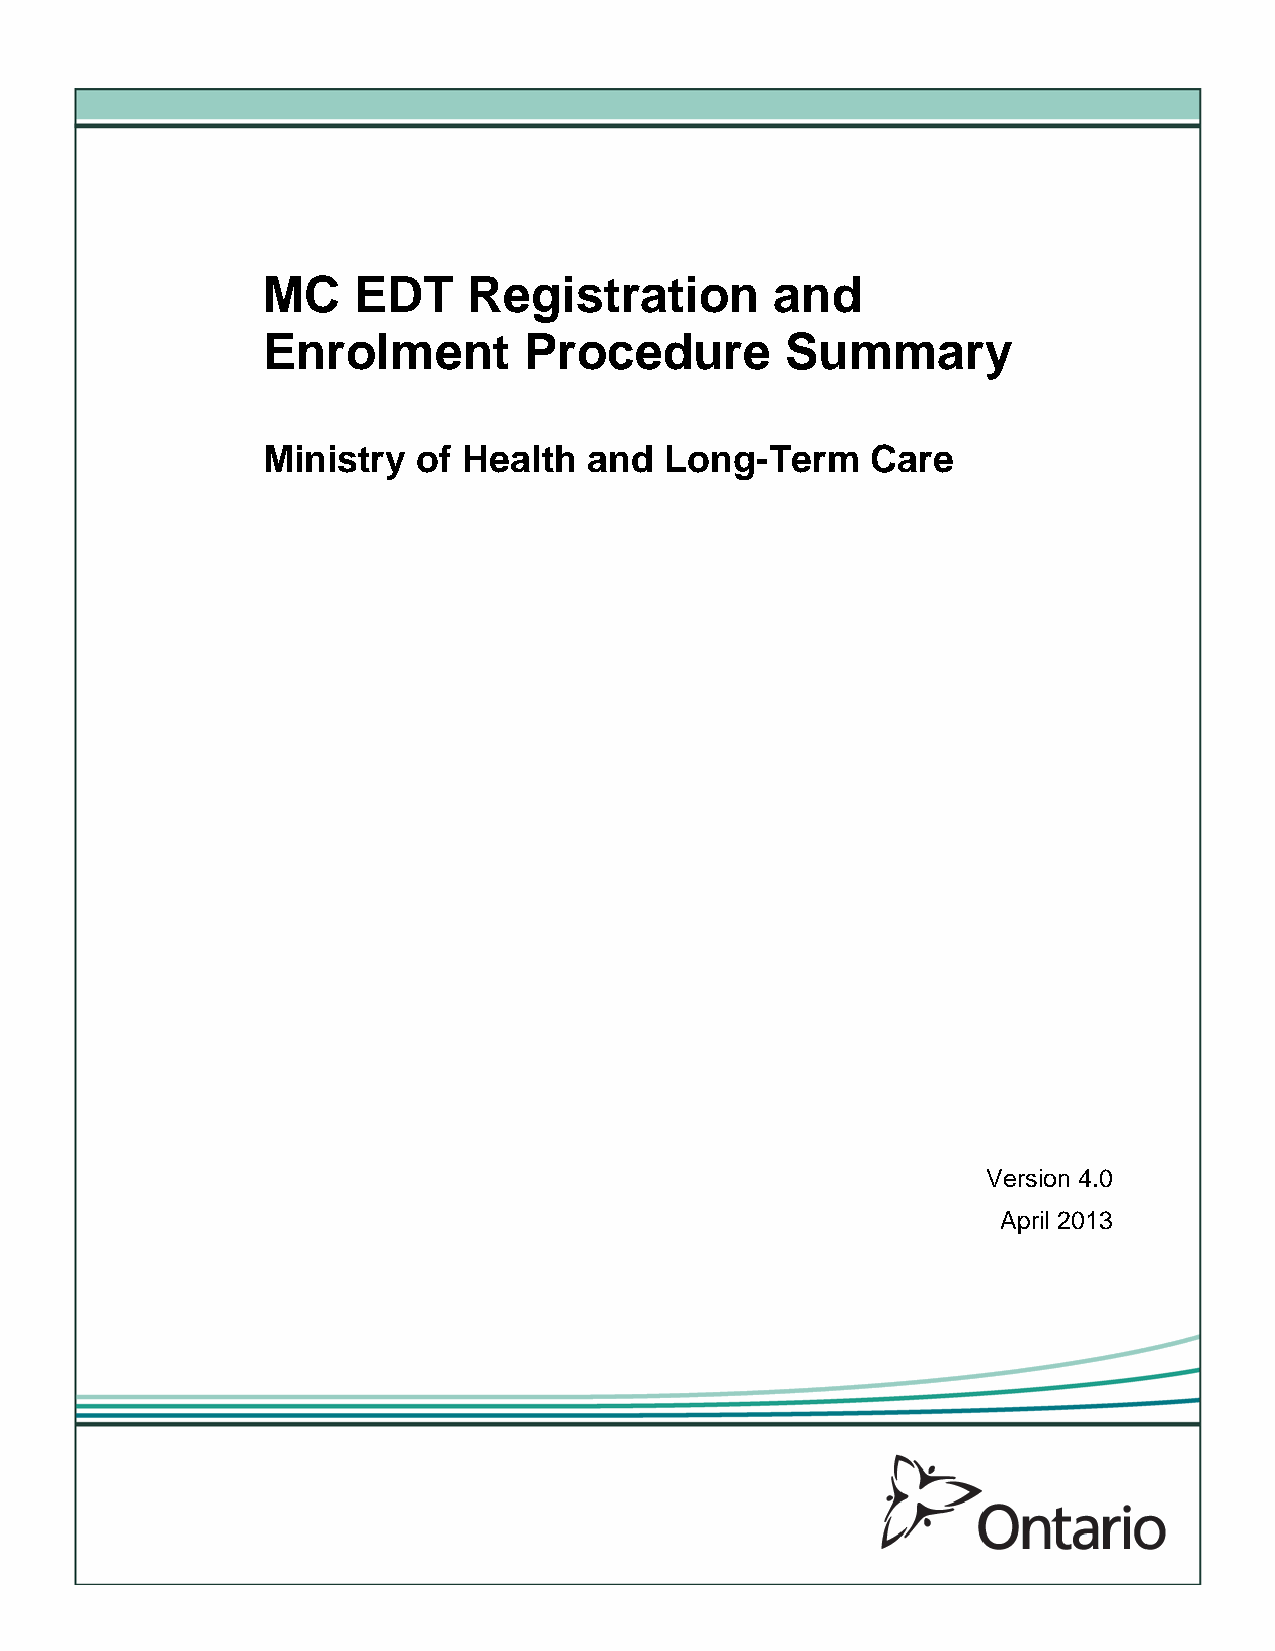
MC    EDT     Registration        and
 Enrolment         Procedure        Summary
 Ministry   of Health  and  Long-Term     Care
 Version 4.0
 April 2013